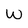
Character: W